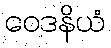
ဝေဒနိယံ